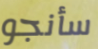
سأنجو